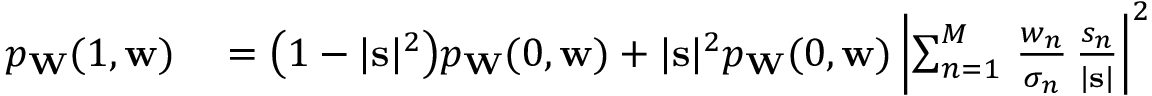
\begin{array} { r l } { p _ { \mathbf { W } } ( 1 , \mathbf { w } ) } & { { } = \bigl ( 1 - | \mathbf { s } | ^ { 2 } \bigr ) p _ { \mathbf { W } } ( 0 , \mathbf { w } ) + | \mathbf { s } | ^ { 2 } p _ { \mathbf { W } } ( 0 , \mathbf { w } ) \left| \sum _ { n = 1 } ^ { M } \, \frac { w _ { n } } { \sigma _ { n } } \, \frac { s _ { n } } { | \mathbf { s } | } \right| ^ { 2 } } \end{array}